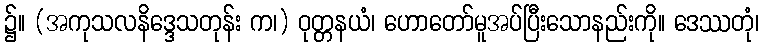
၌။ (အကုသလနိဒ္ဒေသတုန်း က၊) ဝုတ္တနယံ၊ ဟောတော်မူအပ်ပြီးသောနည်းကို။ ဒေဿတုံ၊